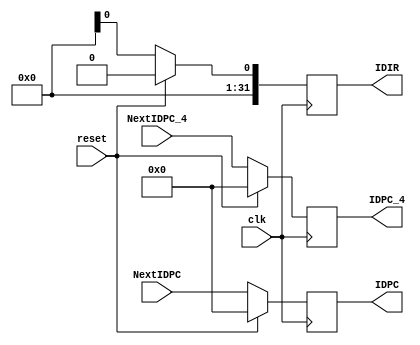
module DecodeReg(
	input clk,
	input reset,
	input [31:0] NextIDPC_4,
	input [31:0] NextIDPC,
	output reg [31:0] IDIR,
	output reg [31:0] IDPC_4,//һ׶ε չ
	output reg [31:0] IDPC
	//ˮ߼Ĵṩݵˮļ D ˮ߼ĴǰһΪ F һΪ D 
    );
	parameter init = 32'h0000_0000;
	always@(posedge clk) begin//Ҫģ黯ͲλơļΪ mips.vЧźҪҽͬλź resetʱź clkעͬλ
		if (reset == 1'b1) begin
			IDIR <= init;
			IDPC <= init;
			IDPC_4 <= init;//PCͳһ
		end else begin
			IDIR <= NextIDIR;
			IDPC <= NextIDPC;
			IDPC_4 <= NextIDPC_4;
		end
	end
endmodule